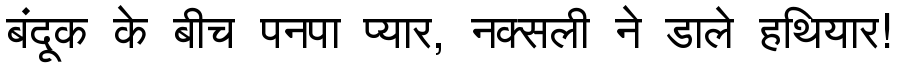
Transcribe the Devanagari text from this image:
बंदूक के बीच पनपा प्यार, नक्सली ने डाले हथियार!